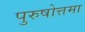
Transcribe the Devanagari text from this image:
पुरुषोत्तमा